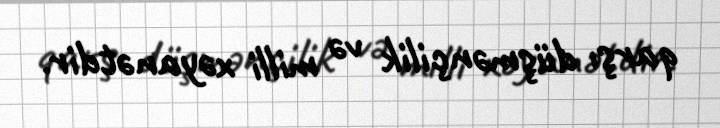
qarşı düşmənçilik və milli xəyanətdir.